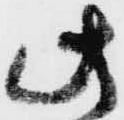
此